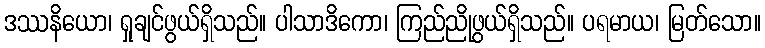
ဒဿနိယော၊ ရှုချင်ဖွယ်ရှိသည်။ ပါသာဒိကော၊ ကြည်ညိုဖွယ်ရှိသည်။ ပရမာယ၊ မြတ်သော။